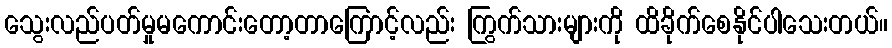
သွေးလည်ပတ်မှုမကောင်းတော့တာကြောင့်လည်း ကြွက်သားများကို ထိခိုက်စေနိုင်ပါသေးတယ်။